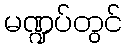
မဏ္ဍပ်တွင်